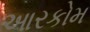
આરકોમ